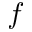
f